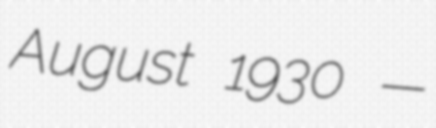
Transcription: August 1930 —